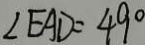
\angle E A D = 4 9 ^ { \circ }